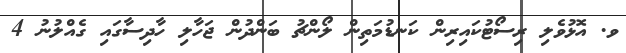
ވ. އޮޅުވެލި ރިސޯޓުކައިރިން ކަނޑުމަތިން ލޯންޗު ބަންދުން ޖަހާލި ހާދިސާގައި ގެއްލުނު 4